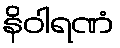
နိဝါရဏံ